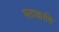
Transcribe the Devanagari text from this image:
पताकादि